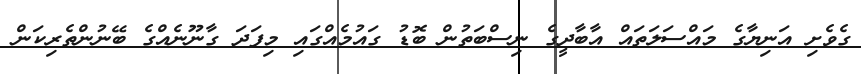
ގެވެށި އަނިޔާގެ މައްސަލަތައް އާބާދީގެ ނިސްބަތުން ބޮޑު ގައުމެއްގައި މިފަދަ ގާނޫނެއްގެ ބޭނުންތެރިކަން